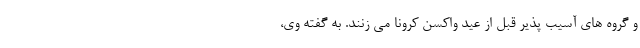
و گروه های آسیب پذیر قبل از عید واکسن کرونا می زنند. به گفته وی،